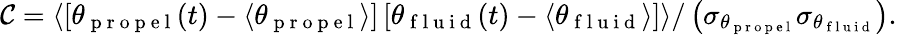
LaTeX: \mathcal{C}=\langle\left[\theta_{\mathrm{{~p~r~o~p~e~l~}}}(t)-\langle\theta_{\mathrm{{~p~r~o~p~e~l~}}}\rangle\right]\left[\theta_{\mathrm{{~f~l~u~i~d~}}}(t)-\langle\theta_{\mathrm{{~f~l~u~i~d~}}}\rangle\right]\rangle/\left(\sigma_{\theta_{\mathrm{{~p~r~o~p~e~l~}}}}\sigma_{\theta_{\mathrm{{~f~l~u~i~d~}}}}\right).